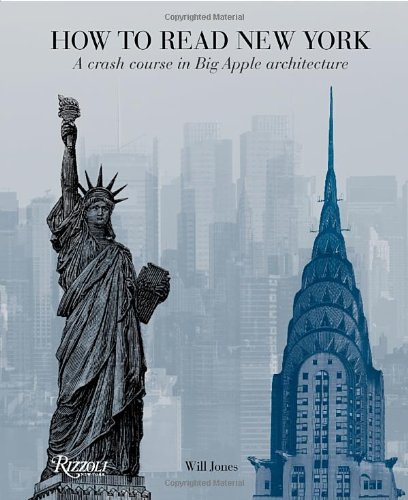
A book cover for How to Read New York: A Crash Course in Big Apple Architecture; Will Jones; Arts & Photography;